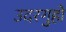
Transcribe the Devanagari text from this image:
उदरगुहो